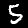
Label: 5